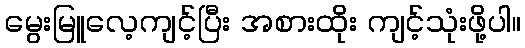
မွေးမြူလေ့ကျင့်ပြီး အစားထိုး ကျင့်သုံးဖို့ပါ။